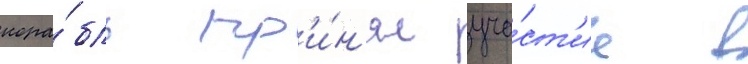
кора́бль пр'и́н'ял уча́ст'ие в